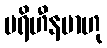
ပရိဟီနမာဟု